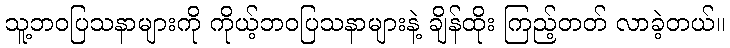
သူ့ဘဝပြသနာများကို ကိုယ့်ဘဝပြသနာများနဲ့ ချိန်ထိုး ကြည့်တတ် လာခဲ့တယ်။